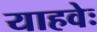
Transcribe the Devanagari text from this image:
याहवेः